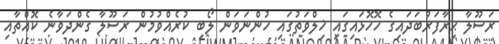
ރަސޫލާ ޙިރާފަރުބަދައިގެ ހޮހޮޅައިގައި ޚިލްވަތުގައި ހުންނަވަން ލޯބި ކުރެއްވުމުން ރަސޫލާ ގެންދަވާނެ ކޮއްތާއި